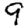
Digit: 9